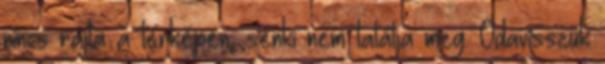
nincs rajta a térképen, senki nem találja meg. Odavisszük